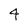
Character: 4